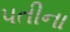
પતીના